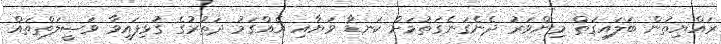
ރައްޔިތުން ބަލައިގަތް މިންވަރު ދެނެގަނެގަތުމަށް ކަނޑާ ވަޔާއި އެއްގަމު ދަތުރުގެ ގުޅިފައިވާ ވަޞީލަތްތައް